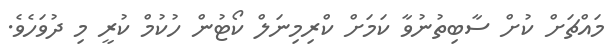
މައްޗަށް ކުށް ސާބިތުނުވާ ކަމަށް ކްރިމިނަލް ކޯޓުން ހުކުމް ކުރީ މި ދުވަހެވެ.